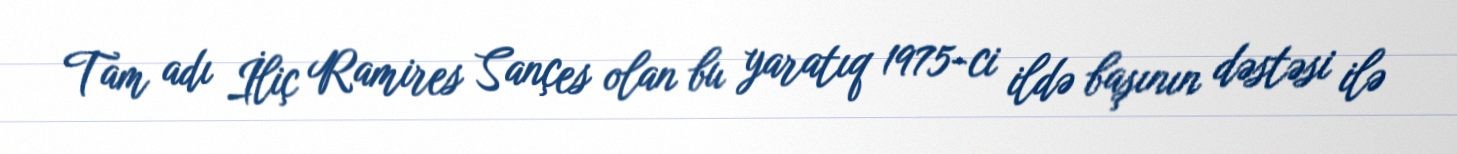
Tam adı İliç Ramires Sançes olan bu yaratıq 1975-ci ildə başının dəstəsi ilə